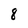
Character: 8